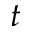
t